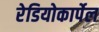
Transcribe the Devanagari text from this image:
रेडियोकार्पेल